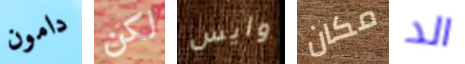
دامون لكن وايس مكان الد